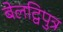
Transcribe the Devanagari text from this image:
बेलद्विपुत्र